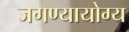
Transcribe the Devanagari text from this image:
जगण्यायोग्य